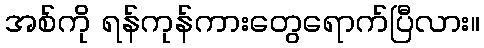
အစ်ကို ရန်ကုန်ကားတွေရောက်ပြီလား။